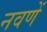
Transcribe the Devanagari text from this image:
नवणें